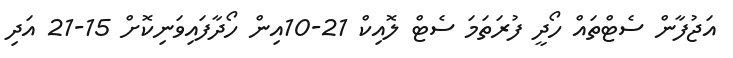
އަޖުފާން ސެޓްތައް ހޯދީ ފުރަތަމަ ސެޓް ލޮއިކް 21-10އިން ހޯދާފައިވަނިކޮށް 15-21 އަދި